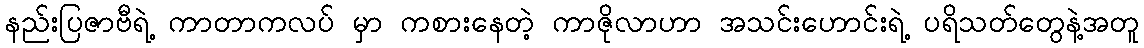
နည်းပြဇာဗီရဲ့ ကာတာကလပ် မှာ ကစားနေတဲ့ ကာဇိုလာဟာ အသင်းဟောင်းရဲ့ ပရိသတ်တွေနဲ့အတူ